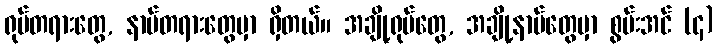
ရုပ်တရားတွေ, နာမ်တရားတွေမှာ ရှိတယ်။ အချို့ရုပ်တွေ, အချို့နာမ်တွေမှာ စွမ်းအင် (၄)